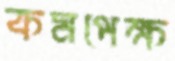
কমপেক্ষ